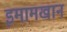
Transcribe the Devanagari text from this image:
इमामखान